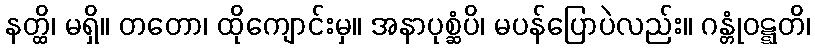
နတ္ထိ၊ မရှိ။ တတော၊ ထိုကျောင်းမှ။ အနာပုစ္ဆံပိ၊ မပန်ပြောပဲလည်း။ ဂန္တုံဝဋ္ဋတိ၊